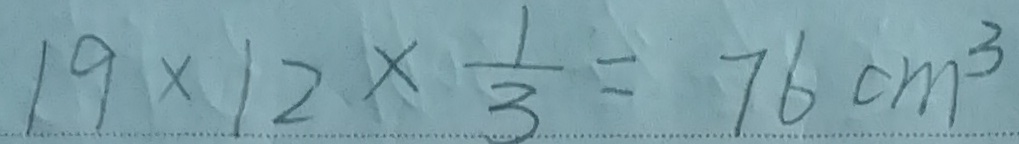
1 9 \times 1 2 \times \frac { 1 } { 3 } = 7 6 c m ^ { 3 }